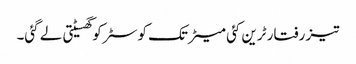
تیز رفتار ٹرین کئی میٹر تک کوسٹر کو گھسیٹتی لے گئی۔